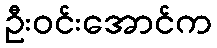
ဦးဝင်းအောင်က